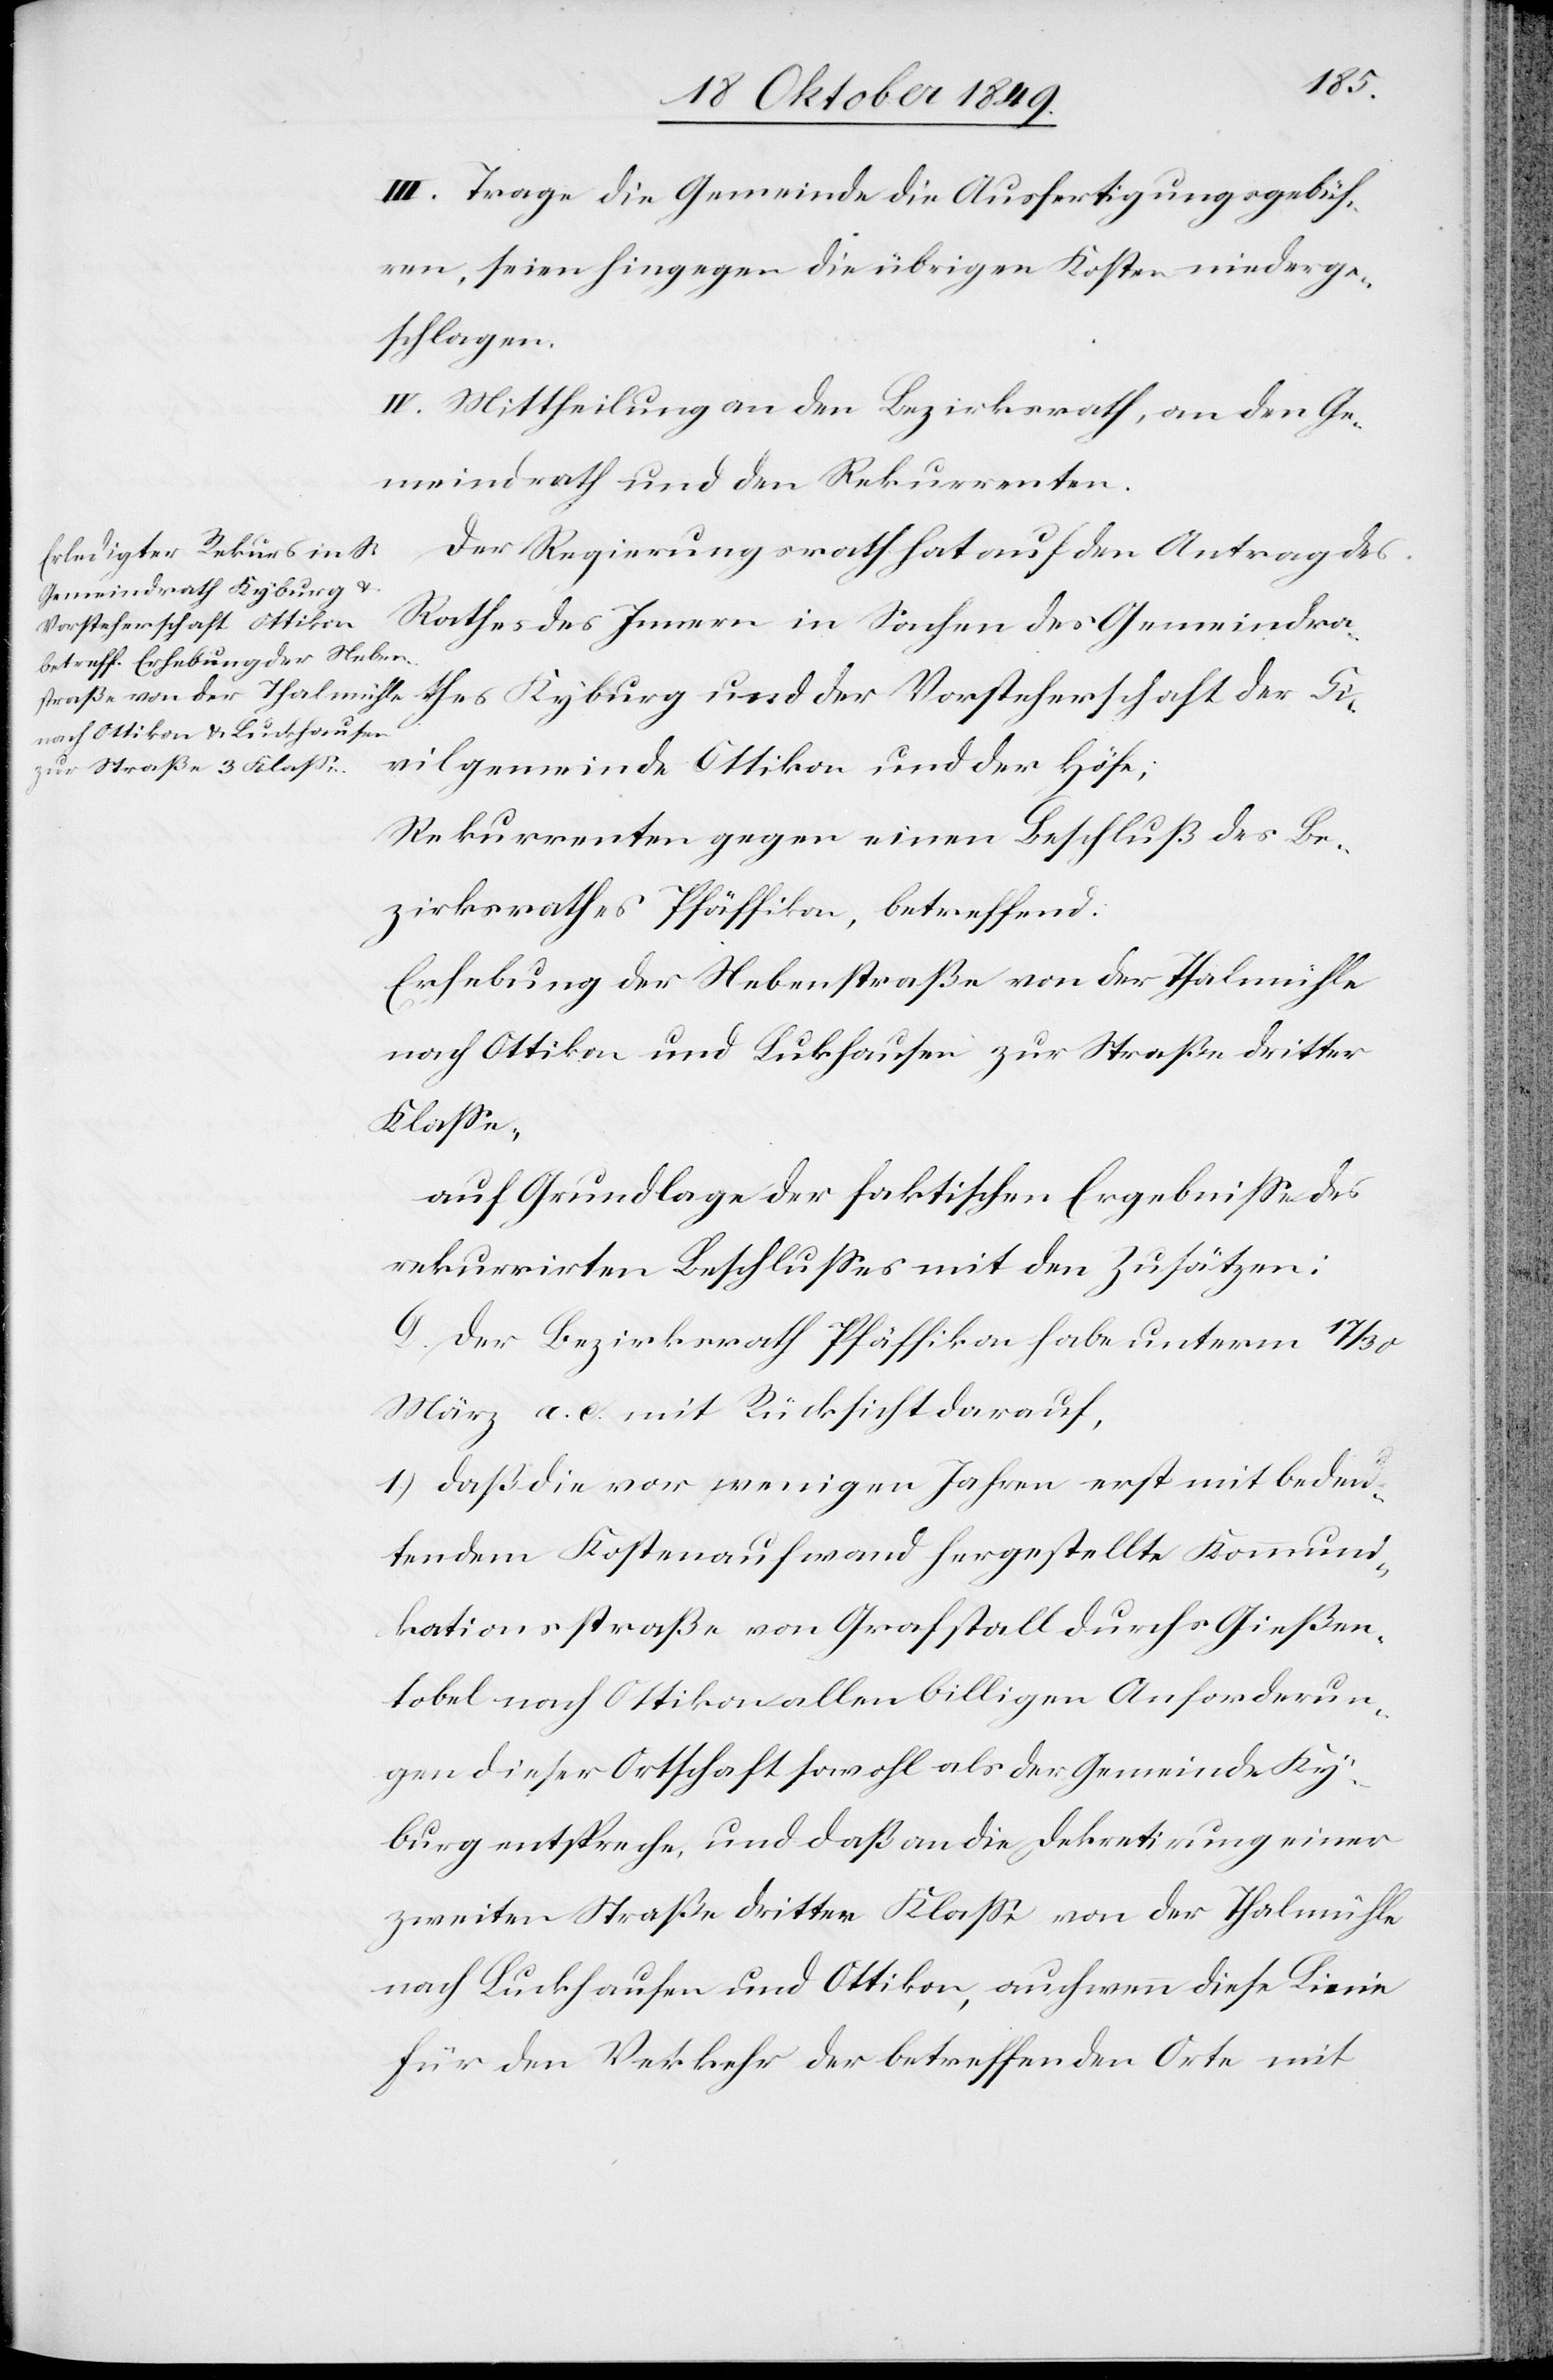
III. Trage die Gemeinde die Ausfertigungsgebüh¬
ren, seien hingegen die übrigen Kosten niederge¬
schlagen.
IV. Mittheilung an den Bezirksrath, an den Ge¬
meindrath und den Rekurrenten.
Der Regierungsrath hat auf den Antrag des
Rathes des Innern in Sachen des Gemeindra¬
Vorsteherschaft der Ci¬
vilgemeinde Ottikon und der Höfe;
Rekurrenten gegen einen Beschluß des Be¬
zirksrathes Pfäffikon, betreffend:
Erhebung der Nebenstraße von der Thalmühle
nach Ottikon und Lukhausen zur Straße dritter
Klaße;
auf Grundlage der faktischen Ergebniße des
rekurrirten Beschlußes mit den Zusätzen:
G. Der Bezirksrath Pfäffikon habe unterm 17/30
März a. c. mit Rücksicht darauf,
1.) daß die vor wenigen Jahren erst mit bedeu¬
tendem Kostenaufwand hergestellte Kommuni¬
kationsstraße von Grafstall durchs Gießen¬
tobel nach Ottikon allen billigen Anforderun¬
gen dieser Ortschaft sowohl als der Gemeinde Ky¬
burg entspreche, und daß an die Dekretirung einer
zweiten Straße dritter Klaße von der Thalmühle
nach Luckhausen und Ottikon, auch wenn diese Linie
für den Verkehr der betreffenden Orte mit